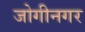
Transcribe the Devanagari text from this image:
जोगीनगर